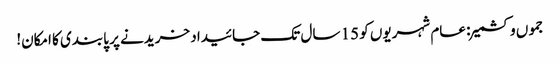
جموں وکشمیر: عام شہریوں کو 15 سال تک جائیداد خریدنے پر پابندی کا امکان!